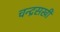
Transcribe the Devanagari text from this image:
चन्द्रसखी